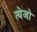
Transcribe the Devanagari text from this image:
त्येजो